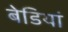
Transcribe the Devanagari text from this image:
बेडियां